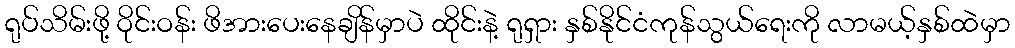
ရုပ်သိမ်းဖို့ ဝိုင်းဝန်း ဖိအားပေးနေချိန်မှာပဲ ထိုင်းနဲ့ ရုရှား နှစ်နိုင်ငံကုန်သွယ်ရေးကို လာမယ့်နှစ်ထဲမှာ